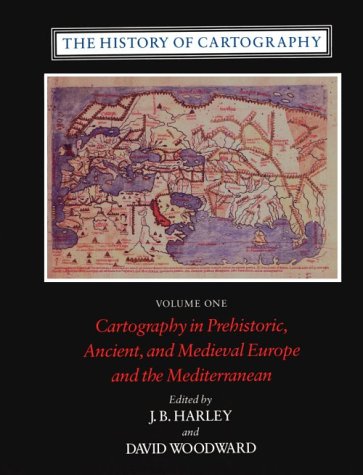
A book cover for The History of Cartography: Cartography in Prehistoric, Ancient and Medieval Europe and the Mediterranean, Vol. 1; Science & Math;